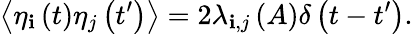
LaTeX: \left\langle{\eta_{\mathbf{i}}\left(t\right)\eta_{j}\left(t^{\prime}\right)}\right\rangle=2\lambda_{\mathbf{i},j}\left(A\right)\delta\left(t-t^{\prime}\right).